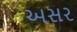
અસર